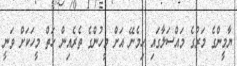
ޔާމީންގެ މަރުގެ މައްސަލާގައި ހިމެނޭ އަށް މީހުންގެ ތެރެއިން ހަތް މީހަކަށް ވަނީ